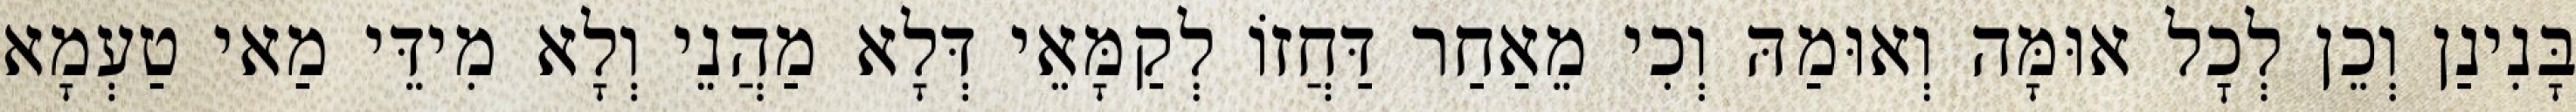
בָּנִינַן וְכֵן לְכׇל אוּמָּה וְאוּמַהּ וְכִי מֵאַחַר דַּחֲזוֹ לְקַמָּאֵי דְּלָא מַהֲנֵי וְלָא מִידֵּי מַאי טַעְמָא